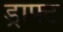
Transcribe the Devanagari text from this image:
ड्राफ्‍ट